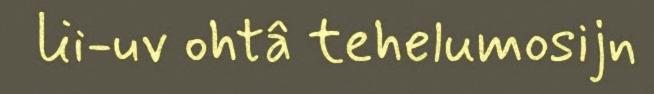
lii-uv ohtâ tehelumosijn